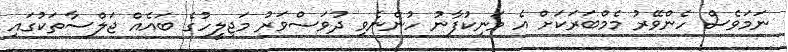
ނަމަވެސް ހެންވޭރު މެމްބަރަކަށް އެ މަނިކުފާނު ހުންނެވި ދުވަސްވަރު މަޖިލީހުގެ ބައެއް ޖަލްސާތަކުގައި